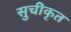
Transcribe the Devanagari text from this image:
सुचीकृत